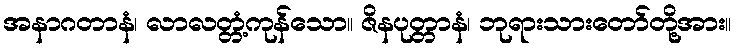
အနာဂတာနံ၊ လာလတ္တံ့ကုန်သော။ ဇိနပုတ္တာနံ၊ ဘုရားသားတော်တို့အား။